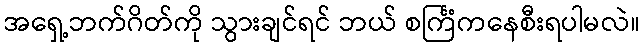
အရှေ့ဘက်ဂိတ်ကို သွားချင်ရင် ဘယ် စင်္ကြံကနေစီးရပါမလဲ။